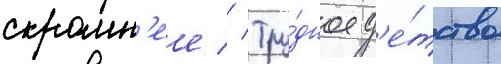
скромн'ее // Тру́дное д'е́тство